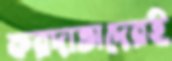
করদাতাদেরই